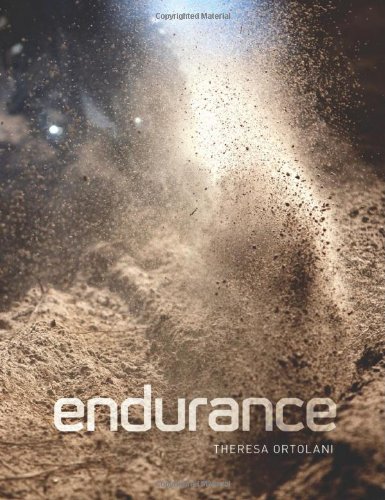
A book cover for Endurance: Down and Dirty Off-Road Racing; Theresa Ortolani; Sports & Outdoors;